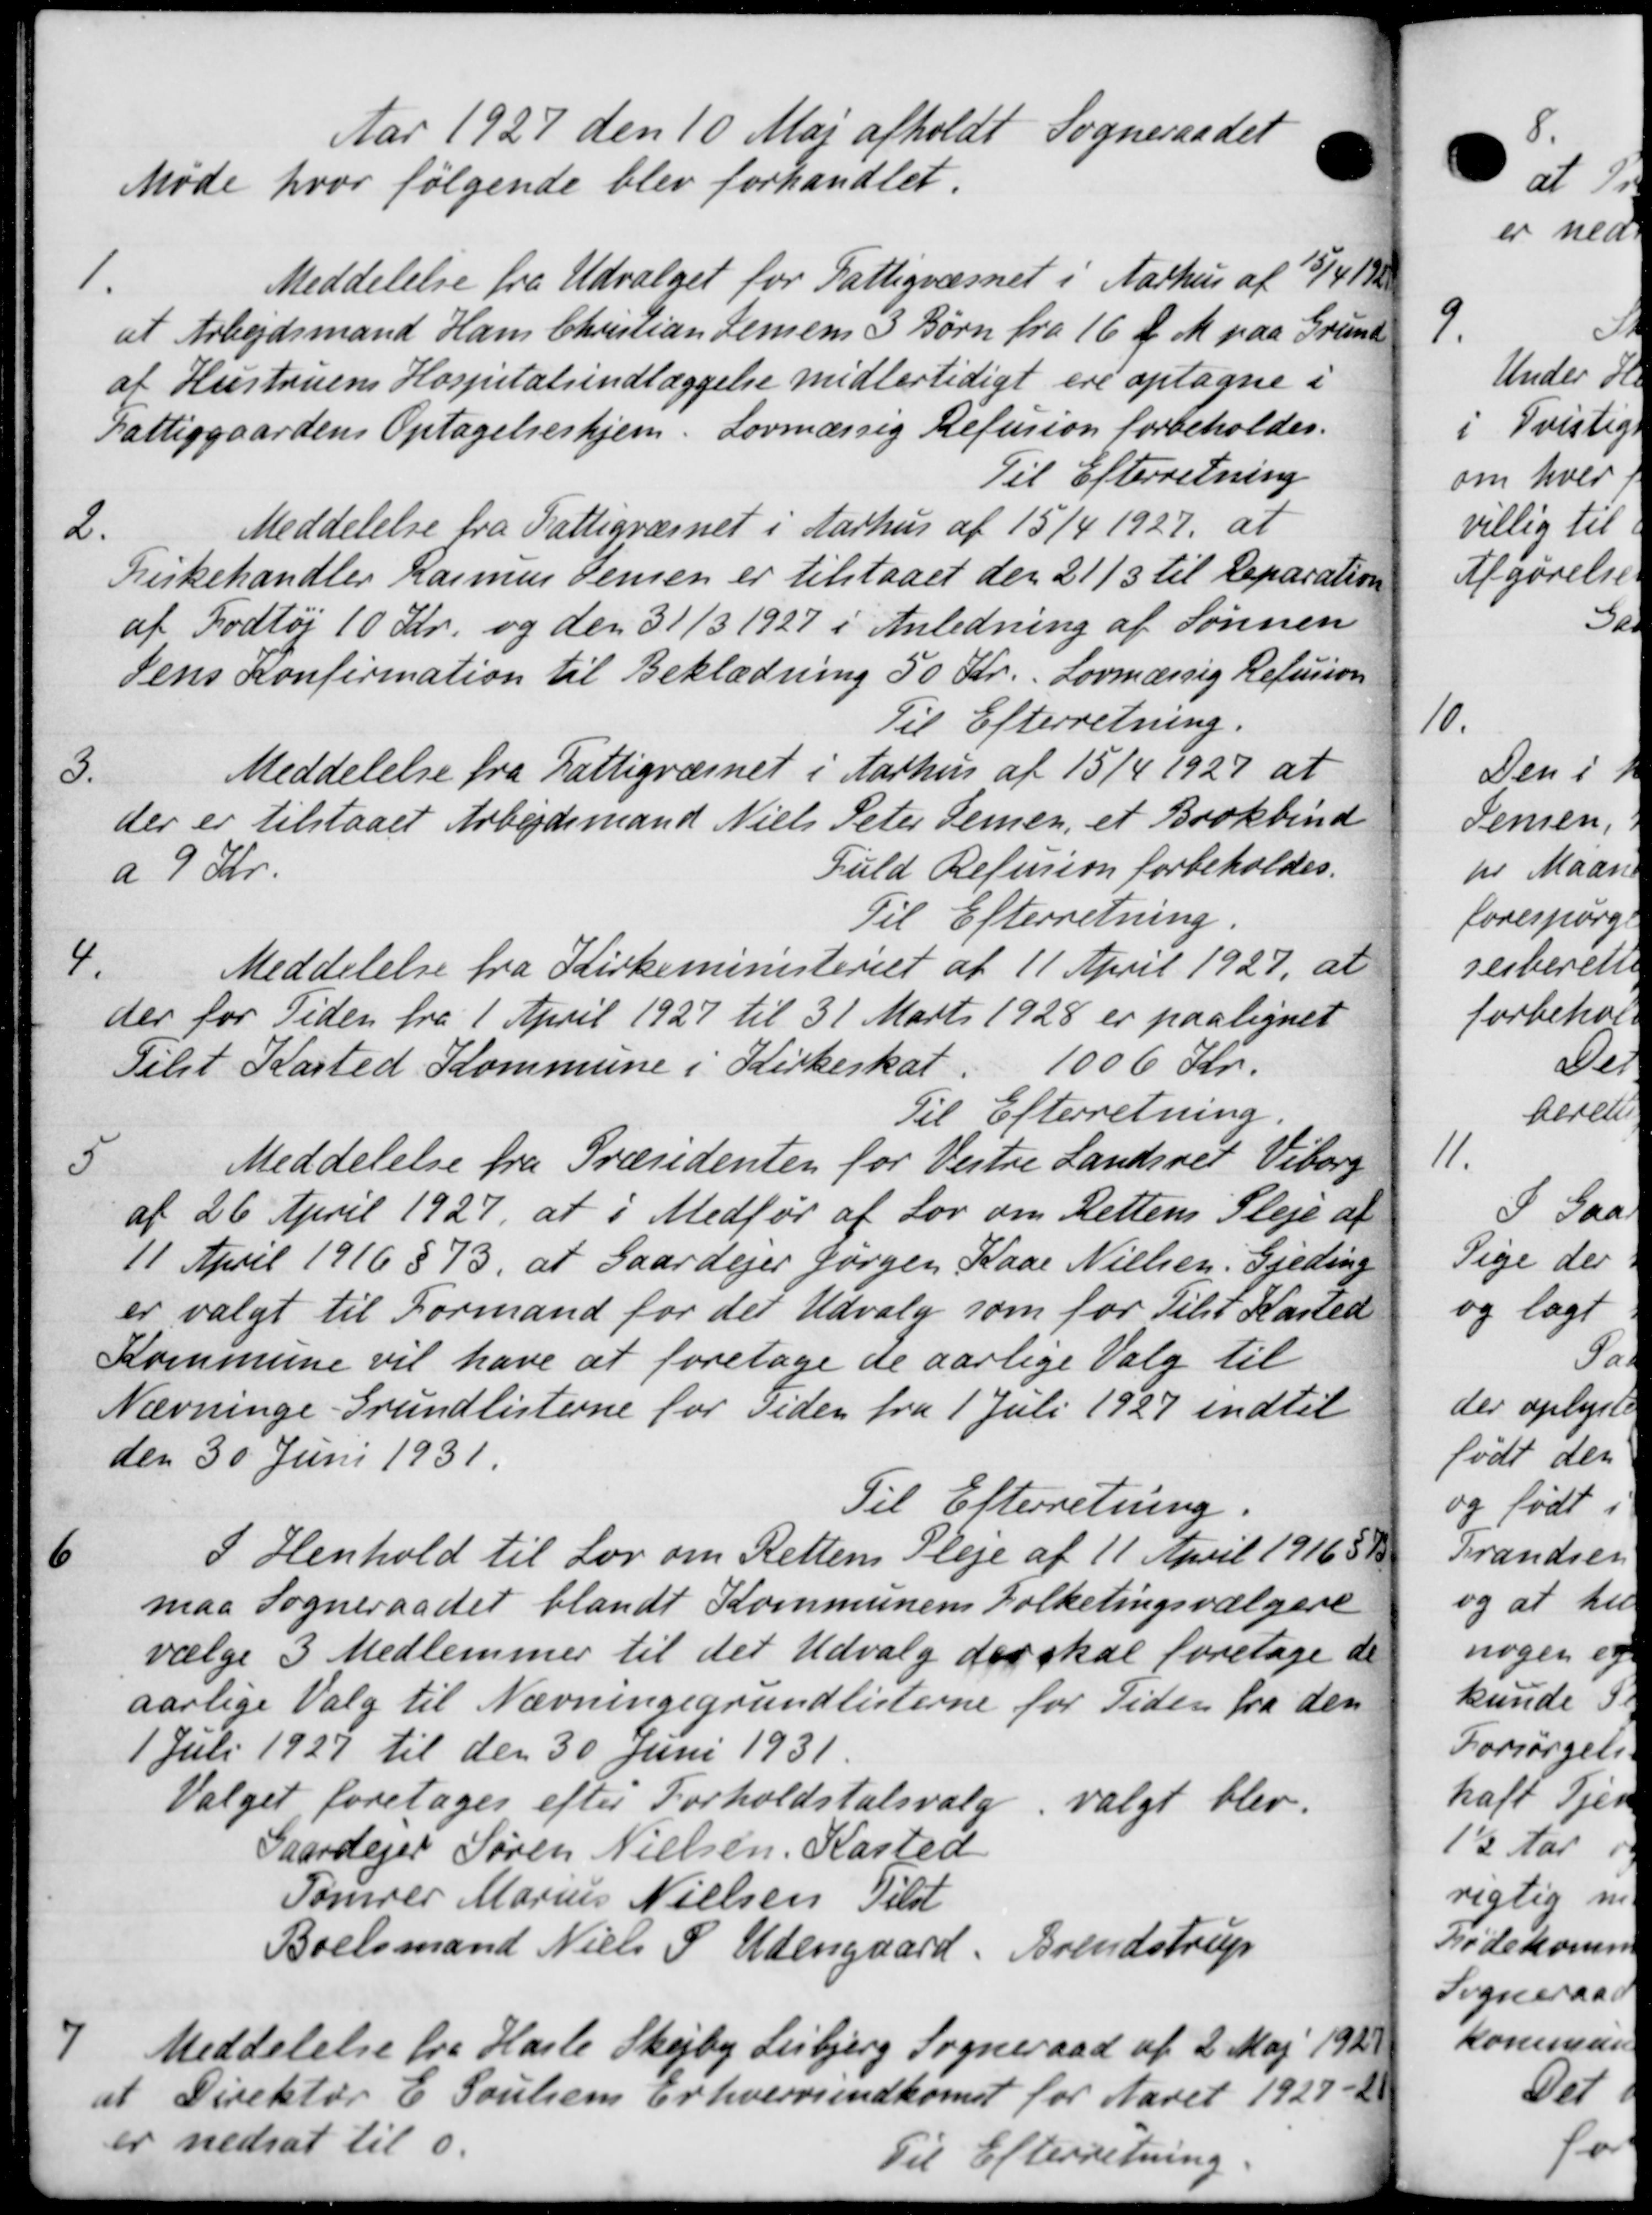
Transskription:
Aar 1927 den 10 Maj afholdt Sogneraadet
Møde hvor følgende blev forhandlet.
1.
Meddelelse fra Udvalget for Fattigvæsnet i Aarhus af 1/1 1
at Arbejdsmand Hans Christian Jensens 3 Børn fra 16 f. M. paa Grund
af Hustruens Hospitalsindlæggelse midlertidigt ere optagne i
Fattiggaardens Optagelseshjem. Lovmæssig Refusion forbeholdes.
Til Efterretning
2.
Meddelelse fra Fattigvæsnet i Aarhus af 15/4 1927, at
Fiskehandler Rasmus Jensen er tilstaaet den 21/3 til Reparation
af Fodtøj 10 Kr. og den 31/3 1927 i Anledning af Sønnen
Sens Konfirmation til Beklædning 50 Kr. Lovmæssig Refusion
Til Efterretning.
3.
Meddelelse fra Fattigvæsnet i Aarhus af 15/4 1927 at
der er tilstaaet Arbejdsmand Niels
Peter Jensen, et Brokbind
a 9 Kr.
Fuld Refusion forbeholdes.
Til Efterretning
4.
Meddelelse fra Kirkeministeriet af 11 April 1927, at
der for Tiden fra 1 April 1927 til 31 Marts 1928 er paalignet
Tilst Kasted Kommune i Kirkeskat. 1006 Kr.
Til Efterretning.
5
Meddelelse fra Præsidenten for Vestre Landsret Viborg
af 26 April 1927, at i Medfør af Lov om Rettens Pleje af
11 April 1916 § 73, at Gaardejer Jørgen Kaar Nielsen, Gjeding
er valgt til Formand for det Udvalg som for Tilst Kasted
Kommune vil have at foretage de aarlige Valg til
Nævninge-Grundlisterne for Tiden fra 1 Juli 1927 indtil
den 30 Juni 1931.
Til Efterretning
6
I Henhold til Lov om Rettens Pleje af 11 April 19165 1
maa Sogneraadet blandt Kommunens Folketingsvælgere
vælge 3 Medlemmer til det Udvalg der skal foretage de
aarlige Valg til Nævningegrundlisterne for Tiden fra den
1 Juli 1927 til den 30 Juni 1931.
Valget foretages efter Forholdstalsvalg valgt blev
Gaardejer Søren Nielsen, Kasted
Tømrer Marius Nielsen Tilst
Boelsmand Niels P. Udengaard, Brendstrup
7
Meddelelse fra Hasle Skejby Lisbjerg Sogneraad af 2 Maj 1925
at Direktør E. Poulsens Erhvervsindkomst for Aaret 1927-2
er nedsat til 0.
Til Efterretning